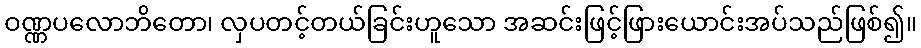
ဝဏ္ဏပလောဘိတော၊ လှပတင့်တယ်ခြင်းဟူသော အဆင်းဖြင့်ဖြားယောင်းအပ်သည်ဖြစ်၍။